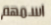
اسمهم